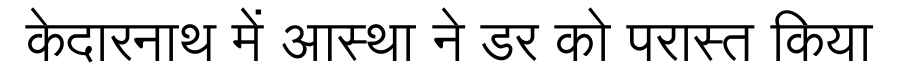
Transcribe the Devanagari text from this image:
केदारनाथ में आस्था ने डर को परास्त किया